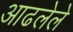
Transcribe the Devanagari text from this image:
आढलेले